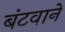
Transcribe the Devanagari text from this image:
बंटवाने